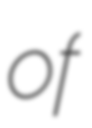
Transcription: of